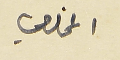
المخلصي